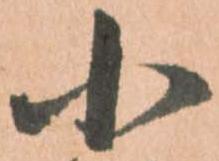
小